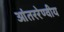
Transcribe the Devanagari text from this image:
आंतररेण्वीय